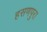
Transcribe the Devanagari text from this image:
हसणपुरा